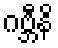
ဂဗ္ဘီနိ